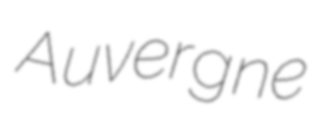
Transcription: Auvergne